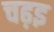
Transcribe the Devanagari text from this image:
चढ़इ